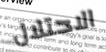
الاحتلال